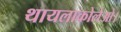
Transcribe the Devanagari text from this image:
थायलाकोलेओ।